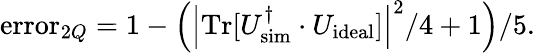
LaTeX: \mathrm{error}_{2Q}=1-\left(\left\vert\mathrm{Tr}[U_{\mathrm{sim}}^{\dagger}\cdot U_{\mathrm{ideal}}]\right\vert^{2}/4+1\right)/5.